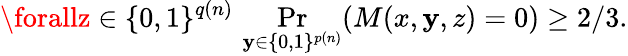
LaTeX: \forallz\in\{ 0,1\} ^{q(n)}\, \Pr_{\mathbf{y}\in\{ 0,1\} ^{p(n)}}(M(x,\mathbf{y},z)=0)\geq2/3.